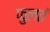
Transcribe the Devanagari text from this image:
फुलतं